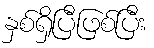
နှစ်ရှိပြီဖြစ်ပြီး